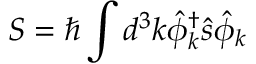
{ \boldsymbol { S } } = \hbar \int d ^ { 3 } k { \hat { \phi } } _ { \boldsymbol { k } } ^ { \dagger } { \boldsymbol { \hat { s } } } { \hat { \phi } } _ { \boldsymbol { k } }